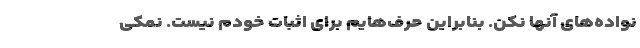
نواده‌های آنها نکن. بنابراین حرف‌هایم برای اثبات خودم نیست. نمکی